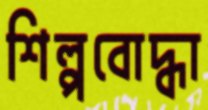
শিল্পবোদ্ধা